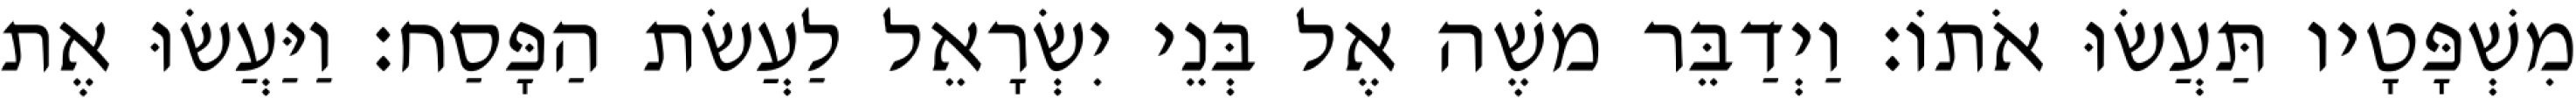
מִשְׁפָּטָיו תַּעֲשׂוּ אֹתוֹ׃ וַיְדַבֵּר משֶׁה אֶל בְּנֵי יִשְׂרָאֵל לַעֲשׂת הַפָּסַח׃ וַיַּעֲשׂוּ אֶת